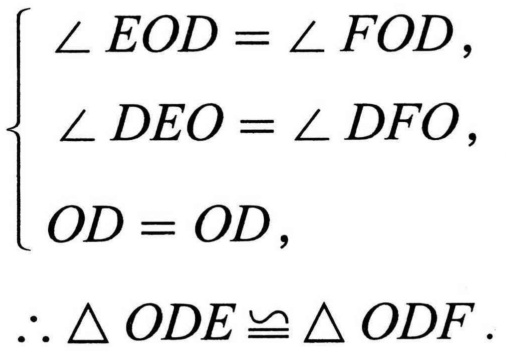
$\begin{cases}
\angle EOD=\angle FOD,\\
\angle DEO=\angle DFO,\\
OD = OD,
\end{cases}$
$\therefore\triangle ODE\cong\triangle ODF.$